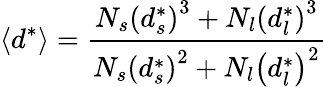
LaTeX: \langle d^{*}\rangle=\frac{N_{s}\left(d_{s}^{*}\right)^{3}+N_{l}\left(d_{l}^{*}\right)^{3}}{N_{s}\left(d_{s}^{*}\right)^{2}+N_{l}\left(d_{l}^{*}\right)^{2}}